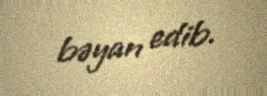
bəyan edib.